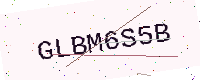
Text: GLBM6S5B